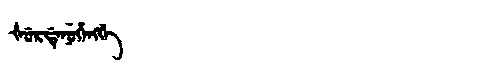
Manchu: ᡧᡠᡵᡩᡝᠨᡠᡥᡝᠩᡤᡝ
Romanization: ŠURDENUHENGGE